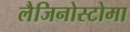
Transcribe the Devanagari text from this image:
लैजिनोस्टोमा